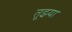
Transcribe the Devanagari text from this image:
तूझ्या